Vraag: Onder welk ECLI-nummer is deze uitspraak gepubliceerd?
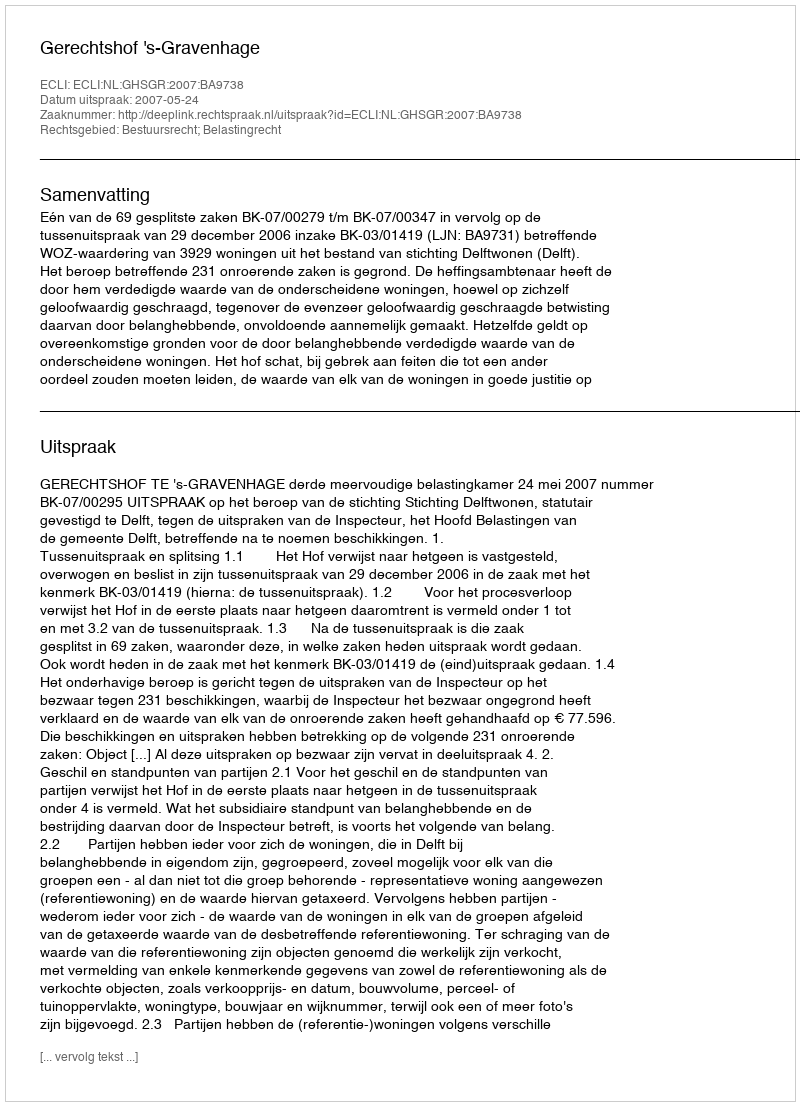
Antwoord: ECLI:NL:GHSGR:2007:BA9738